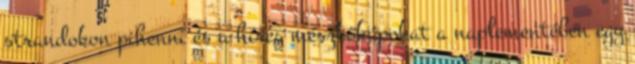
strandokon pihenni és a híres mészkőkúpokat a naplementében egy